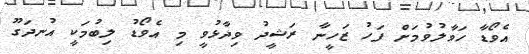
އެވޯޑާ ހަވާލުވުމަށް ފަހު ޒަހީނާ ރަޝީދު ވިދާޅުވީ މި އެވޯޑު ލިބުމަކީ އުނދަގޫ